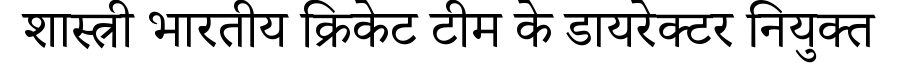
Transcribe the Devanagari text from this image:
शास्त्री भारतीय क्रिकेट टीम के डायरेक्टर नियुक्त